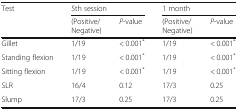
| Test | <COLSPAN=2> 5th session | <COLSPAN=2> 1 month |
 |  | (Positive/Negative) | P-value | (Positive/Negative) | P-value |
 | --- | --- | --- | --- | --- |
 | Gillet | 1/19 | < 0.001* | 1/19 | < 0.001* |
 | Standing flexion | 1/19 | < 0.001* | 1/19 | < 0.001* |
 | Sitting flexion | 1/19 | < 0.001* | 1/19 | < 0.001* |
 | SLR | 16/4 | 0.12 | 17/3 | 0.25 |
 | Slump | 17/3 | 0.25 | 17/3 | 0.25 |